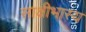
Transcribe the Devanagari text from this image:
साक्षीभास्य